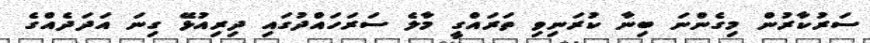
ސަރުކާރުން މިގެންނަ ބިނާ ކުރަނިވި ތަރައްގީ މާލެ ސަރަހައްދުގައި ދިރިއުޅޭ ގިނަ އަދަދެއްގެ